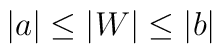
\vert a \vert \le \vert W \vert \le \vert b \vert